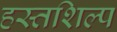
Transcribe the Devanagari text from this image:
हस्तशिल्‍प